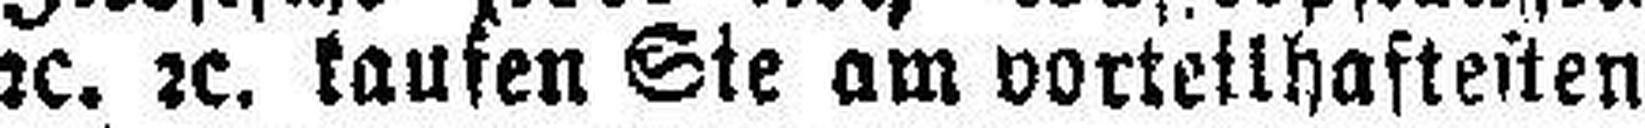
2c. 2c. kaufen Sie am vorteilhoftesten